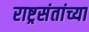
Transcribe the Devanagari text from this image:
राष्ट्रसंतांच्या